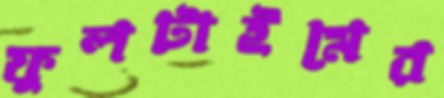
ফুলটাইমের